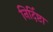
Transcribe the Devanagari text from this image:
निर्दिष्टा